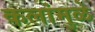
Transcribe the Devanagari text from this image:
कलांमुळे